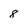
Character: 8